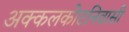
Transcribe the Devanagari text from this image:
अक्कलकोटनिवासी